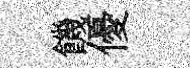
饑優